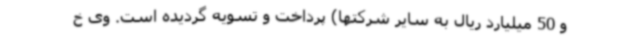
و 50 میلیارد ریال به سایر شرکتها) پرداخت و تسویه گردیده است. وی خ